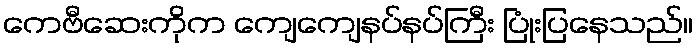
ကေဗီဆေးကိုက ကျေကျေနပ်နပ်ကြီး ပြုံးပြနေသည်။